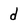
Character: d